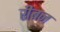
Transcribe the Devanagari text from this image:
रीबन